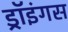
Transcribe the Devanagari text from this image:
ड्रॉइंगस